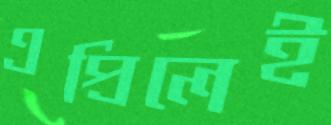
এপ্রিলেই